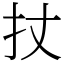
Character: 扙